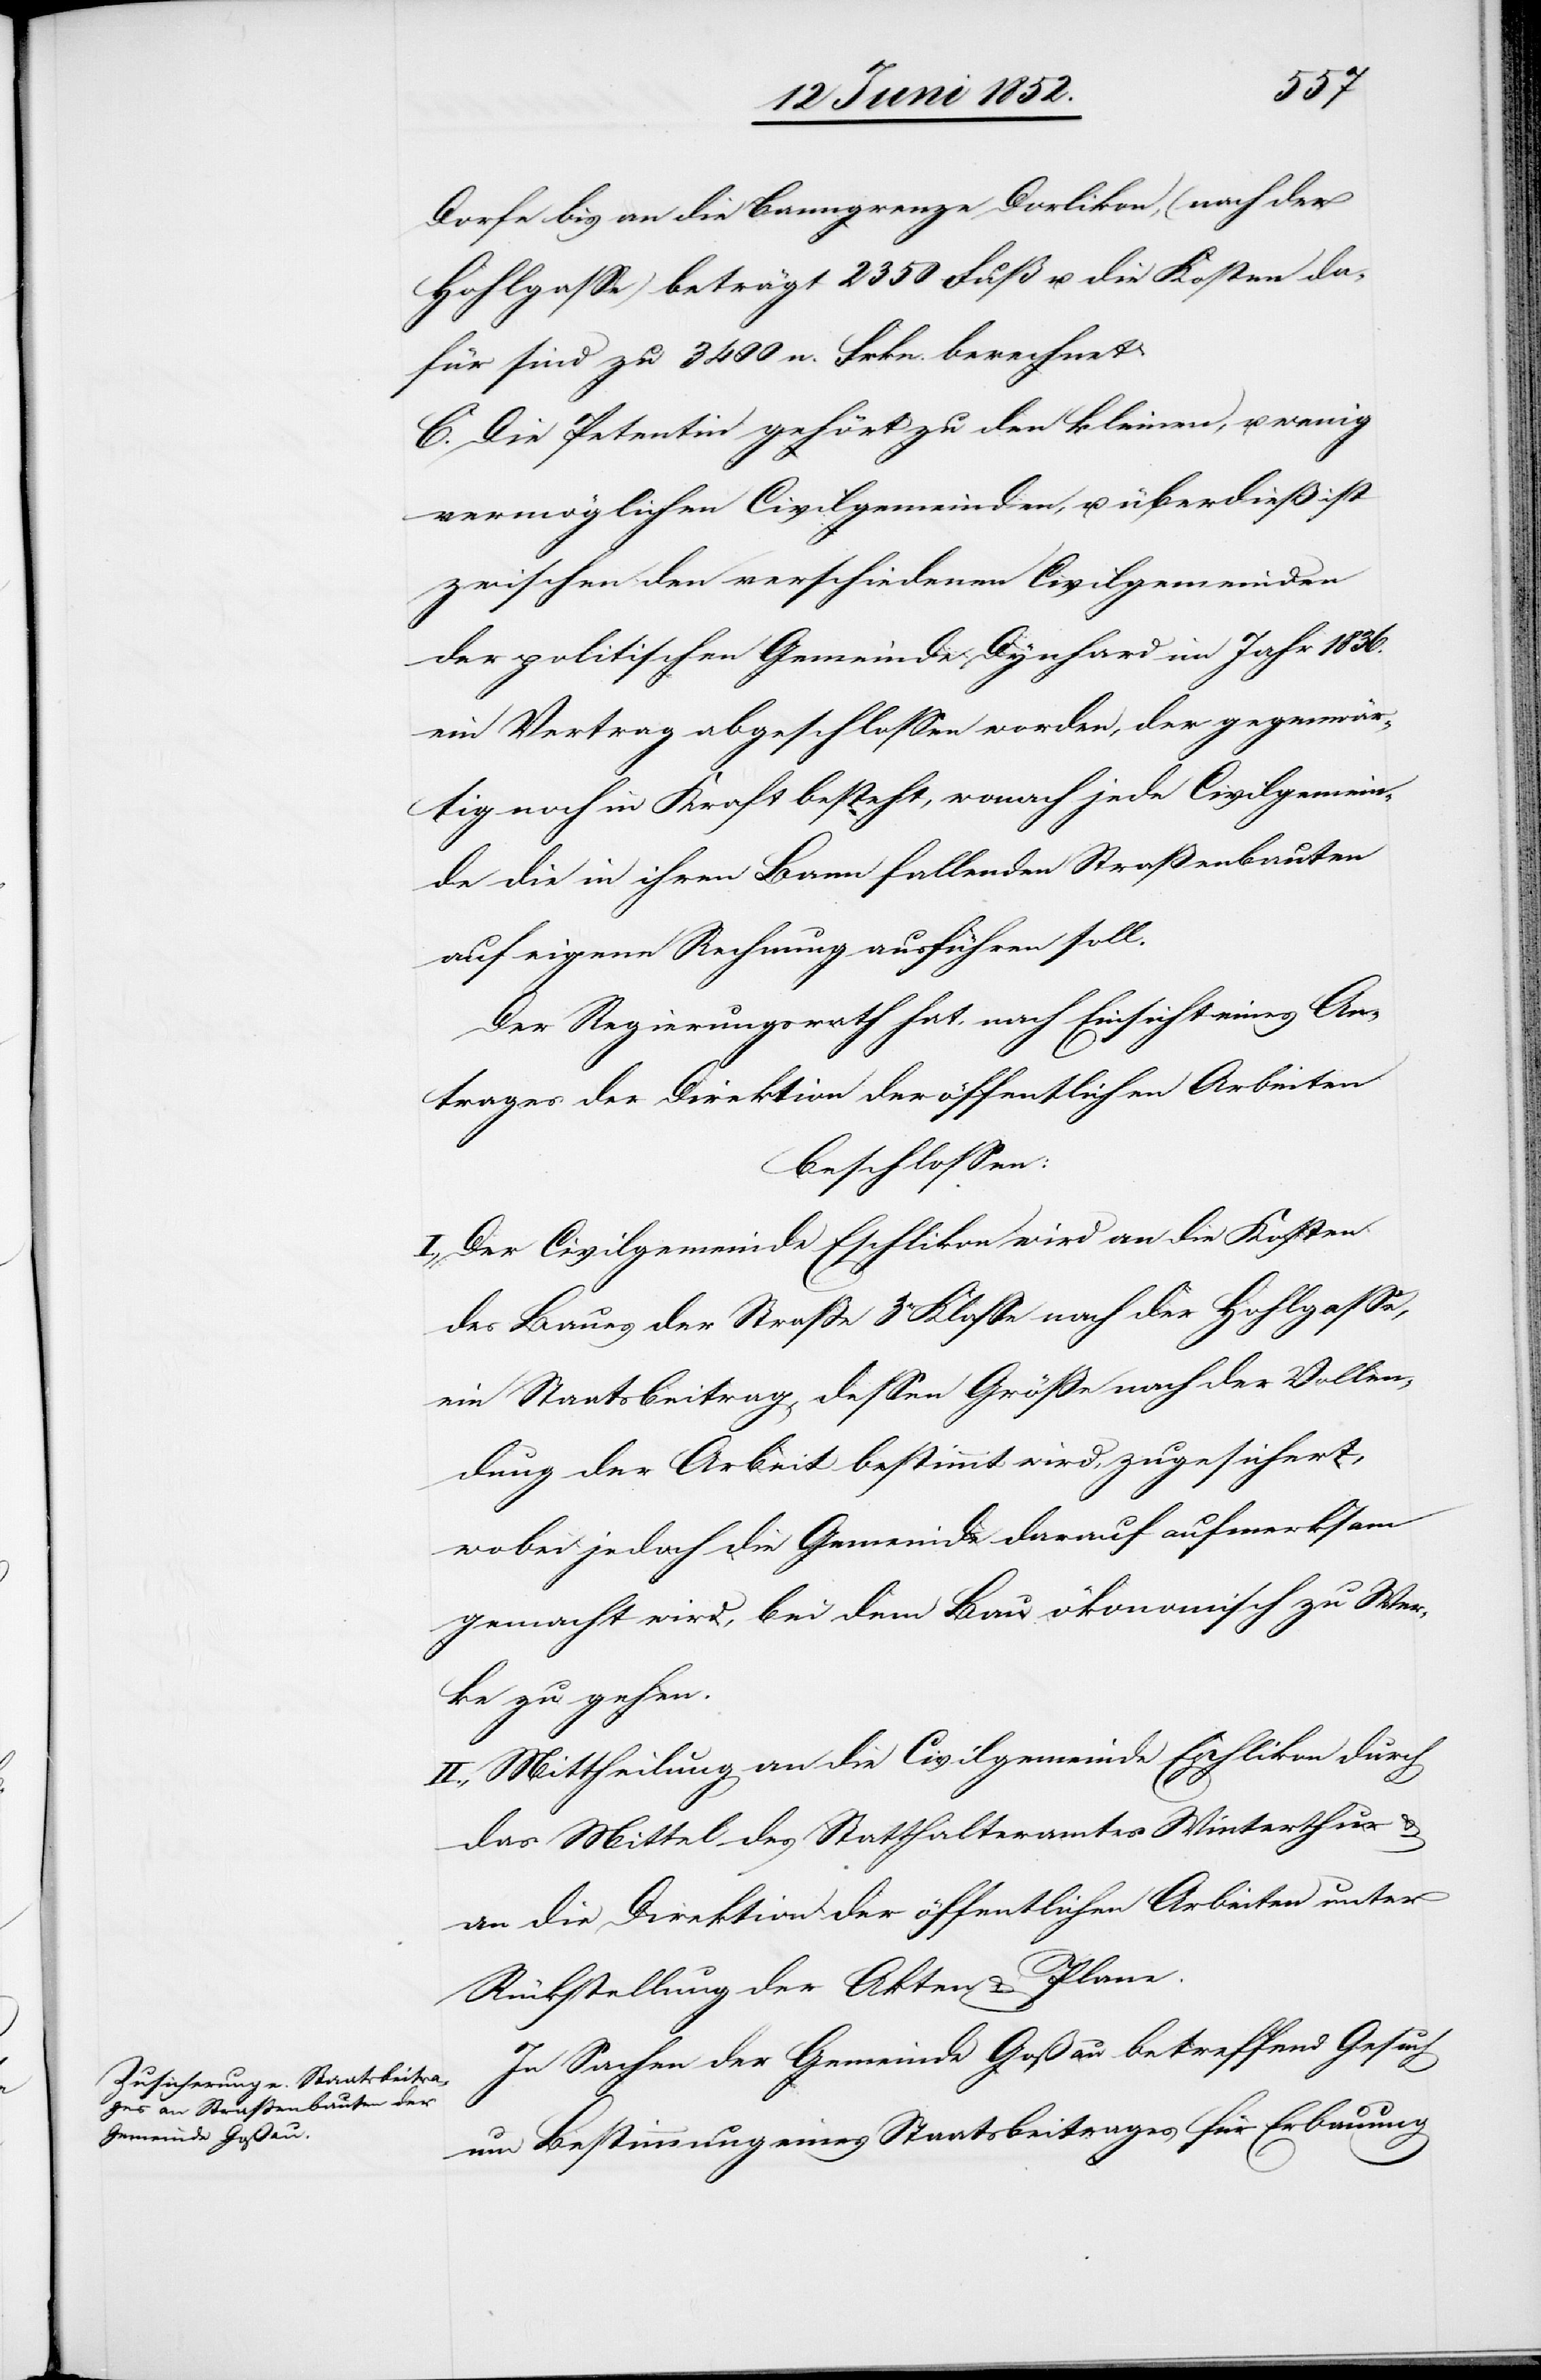
Dorfe bis an die Banngrenze Dorlikon, (nach der
Hohlgasse) beträgt 2350 Fuß u. die Kosten da¬
für sind zu 3400 n. Frkn. berechnet.
C. Die Petentin gehört zu den kleinen, u. wenig
vermöglichen Civilgemeinden, u. überdieß ist
zwischen den verschiedenen Civilgemeinden
der politischen Gemeinde Dynhard im Jahr 1836.
ein Vertrag abgeschlossen worden, der gegenwär¬
tig noch in Kraft besteht, wonach jede Civilgemein¬
de die in ihrem [sic!] Bann fallenden Straßenbauten
auf eigene Rechnung ausführen soll.
Der Regierungsrath hat, nach Einsicht eines An¬
trages der Direktion der öffentlichen Arbeiten
beschlossen:
I., Der Civilgemeinde Eschlikon wird an die Kosten
des Baues der Strasse 3r Klasse nach der Hohlgasse,
ein Staatsbeitrag, dessen Größe nach der Vollen¬
dung der Arbeit bestimmt wird, zugesichert,
wobei jedoch die Gemeinde darauf aufmerksam
gemacht wird, bei dem Bau ökonomisch zu Wer¬
ke zu gehen.
II., Mittheilung an die Civilgemeinde Eschlikon durch
das Mittel des Statthalteramtes Winterthur &
an die Direktion der öffentlichen Arbeiten unter
Rückstellung der Akten & Plane.
In Sachen der Gemeinde Goßau betreffend Gesuch
um Bestimmung eines Staatsbeitrages für Erbauung